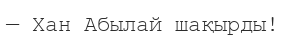
— Хан Абылай шақырды!